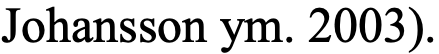
Johansson ym. 2003).